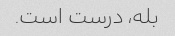
بله، درست است.